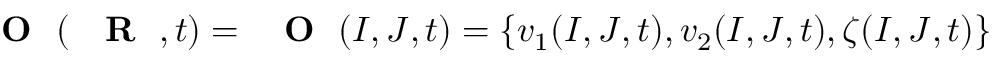
\mathrm { ~ { ~ \bf ~ O ~ } ~ } ( \mathrm { ~ { ~ \bf ~ R ~ } ~ } , t ) = \mathrm { ~ { ~ \bf ~ O ~ } ~ } ( I , J , t ) = \{ v _ { 1 } ( I , J , t ) , v _ { 2 } ( I , J , t ) , \zeta ( I , J , t ) \}